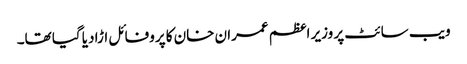
ویب سائٹ پر وزیر اعظم عمران خان کا پروفائل اڑا دیا گیا تھا۔